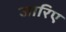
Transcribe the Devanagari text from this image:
जारिए